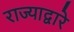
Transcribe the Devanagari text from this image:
राज्याद्वारे